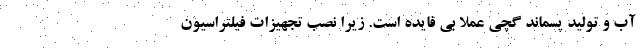
آب و تولید پسماند گچی عملا بی فایده است. زیرا نصب تجهیزات فیلتراسیون